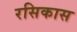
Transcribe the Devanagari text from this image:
रसिकास